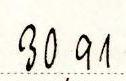
30,91